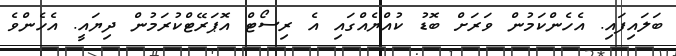
ބަލައިފައި. އެހެންކަމުން ވަަރަށް ބޮޑު ކުއްޔެއްގައި އެ ރިސޯޓް އޮޕަރޭޓްކުރަމުން ދިޔައީ. އެހެންވެ